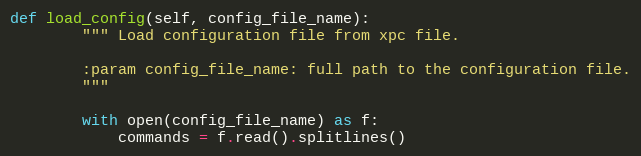
Language: Python
def load_config(self, config_file_name):
        """ Load configuration file from xpc file.

        :param config_file_name: full path to the configuration file.
        """

        with open(config_file_name) as f:
            commands = f.read().splitlines()